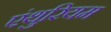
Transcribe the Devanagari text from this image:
एंथुरियम